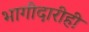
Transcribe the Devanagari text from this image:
भागीदारीही